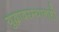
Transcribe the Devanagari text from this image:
युद्धादरम्यानही